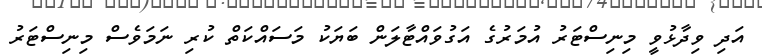
އަދި ވިދާޅުވީ މިނިސްޓަރު އުމަރުގެ އަގުވައްޓާލަން ބަޔަކު މަސައްކަތް ކުރި ނަމަވެސް މިނިސްޓަރު